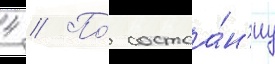
4 // По́ состоа́н'иу